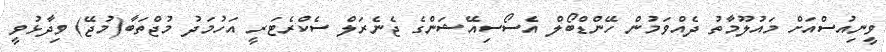
ވީނިއުސްއަށް މައުލޫމާތު ދެއްވަމުން ހޭންޑްބޯލް އެސޯސިއޭޝަންގެ ޖެނެރަލް ސެކްރެޓަރީ އަހުމަދު މުޖްތަބާ(މުޖޭ) ވިދާޅުވީ